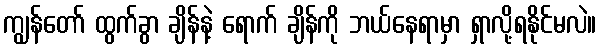
ကျွန်တော် ထွက်ခွာ ချိန်နဲ့ ရောက် ချိန်ကို ဘယ်နေရာမှာ ရှာလို့ရနိုင်မလဲ။